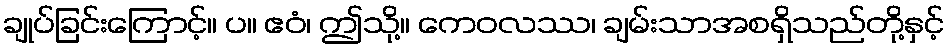
ချုပ်ခြင်းကြောင့်။ ပ။ ဧဝံ၊ ဤသို့။ ကေဝလဿ၊ ချမ်းသာအစရှိသည်တို့နှင့်